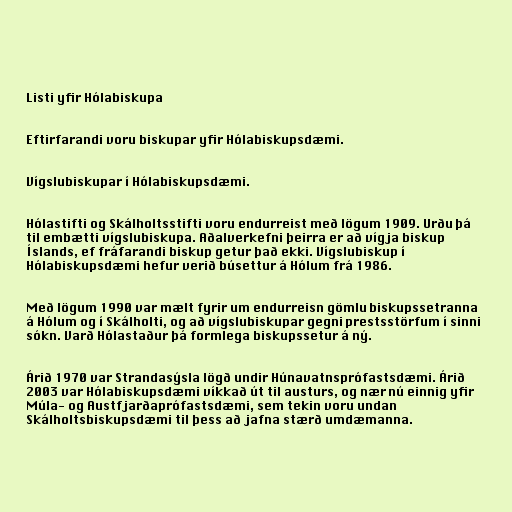
Listi yfir Hólabiskupa

Eftirfarandi voru biskupar yfir Hólabiskupsdæmi.

Vígslubiskupar í Hólabiskupsdæmi.

Hólastifti og Skálholtsstifti voru endurreist með lögum 1909. Urðu þá
til embætti vígslubiskupa. Aðalverkefni þeirra er að vígja biskup
Íslands, ef fráfarandi biskup getur það ekki. Vígslubiskup í
Hólabiskupsdæmi hefur verið búsettur á Hólum frá 1986.

Með lögum 1990 var mælt fyrir um endurreisn gömlu biskupssetranna
á Hólum og í Skálholti, og að vígslubiskupar gegni prestsstörfum í sinni
sókn. Varð Hólastaður þá formlega biskupssetur á ný.

Árið 1970 var Strandasýsla lögð undir Húnavatnsprófastsdæmi. Árið
2003 var Hólabiskupsdæmi víkkað út til austurs, og nær nú einnig yfir
Múla- og Austfjarðaprófastsdæmi, sem tekin voru undan
Skálholtsbiskupsdæmi til þess að jafna stærð umdæmanna.